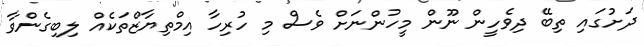
ދަށުގައި ތިބޭ ދިވެހީން ނޫން މީހުންނަށް ވެސް މި ހުރިހާ އިމްތިޔާޒްތަކެއް ލިބިގެންވާ